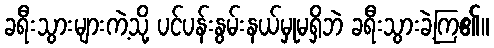
ခရီးသွားများကဲ့သို့ ပင်ပန်းနွမ်းနယ်မှုမရှိဘဲ ခရီးသွားခဲ့ကြ၏။